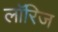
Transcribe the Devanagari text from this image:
लॉरिज